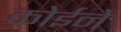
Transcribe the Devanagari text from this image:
कोईने